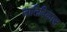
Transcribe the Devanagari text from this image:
जातिविकास